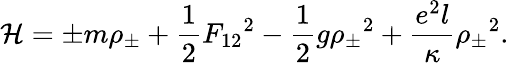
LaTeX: {\cal H}={\pm}m{\rho}_{\pm}+{\frac{1}{2}}{F_{12}}^{2}-{\frac{1}{2}}g{{\rho}_{\pm}}^{2}+{\frac{e^{2}l}{\kappa}}{{\rho}_{\pm}}^{2}.